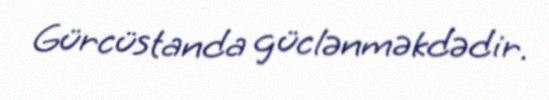
Gürcüstanda güclənməkdədir.